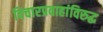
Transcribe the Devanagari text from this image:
विचारप्रवाहांविरुद्ध